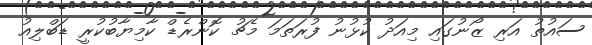
ސައުތު އަރި ޒޯނުގައި މިއަދު ކުޅުނު ފުރަތަމަ މެޗު ކޮންރެޑް ކާމިޔާބުކުރީ ޑަބްލިއު